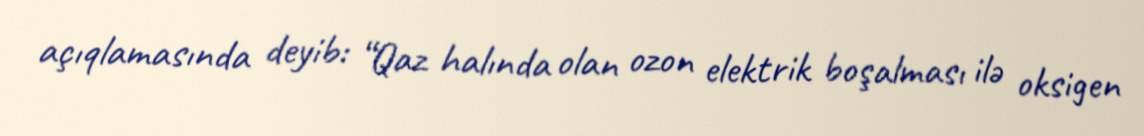
açıqlamasında deyib: “Qaz halında olan ozon elektrik boşalması ilə oksigen